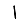
Digit: 1